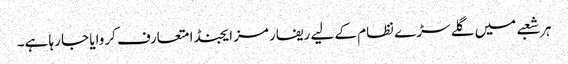
ہر شعبے میں گلے سڑے نظام کے لیے ریفارمز ایجنڈا متعارف کروایا جا رہا ہے۔